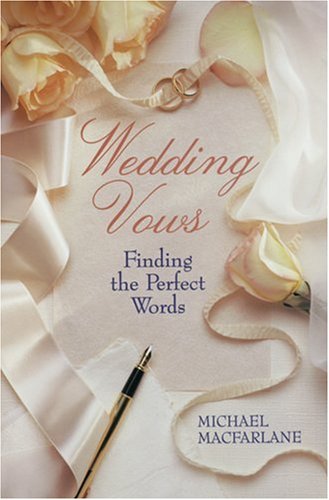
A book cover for Wedding Vows: Finding The Perfect Words; Michael Macfarlane; Crafts, Hobbies & Home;